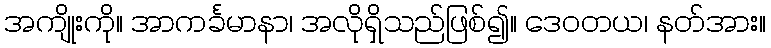
အကျိုးကို။ အာကင်္ခမာနာ၊ အလိုရှိသည်ဖြစ်၍။ ဒေဝတယ၊ နတ်အား။